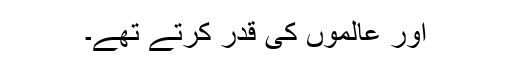
اور عالموں کی قدر کرتے تھے۔